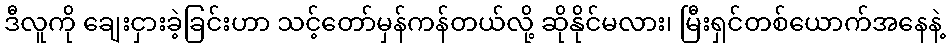
ဒီလူကို ချေးငှားခဲ့ခြင်းဟာ သင့်တော်မှန်ကန်တယ်လို့ ဆိုနိုင်မလား၊ မြီးရှင်တစ်ယောက်အနေနဲ့